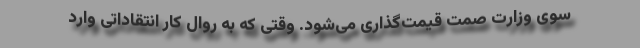
سوی وزارت صمت قیمت‌گذاری می‌شود. وقتی که به روال کار انتقاداتی وارد